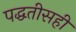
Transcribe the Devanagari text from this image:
पद्धतीसही